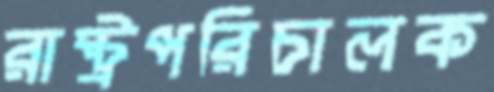
রাষ্ট্রপরিচালক